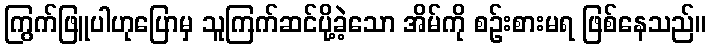
ကြွက်ဖြူပါဟုပြောမှ သူကြက်ဆင်ပို့ခဲ့သော အိမ်ကို စဉ်းစားမရ ဖြစ်နေသည်။